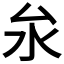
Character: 𪵨